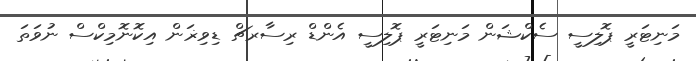
މަނިޓަރީ ޕޮލިސީ ސެކްޝަން މަނިޓަރީ ޕޮލިސީ އެންޑް ރިސާރޗް ޑިވިޜަން އިކޮނޮމިކްސް ނުވަތަ